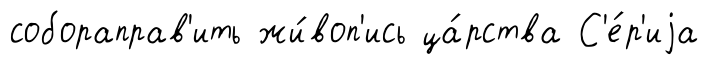
собораправ'ить жи́воп'ись ца́рства С'е́р'иjа